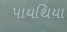
પાયથિયા